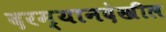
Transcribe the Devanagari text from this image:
दरम्यानदेखील